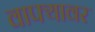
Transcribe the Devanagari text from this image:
वाफ्यावर